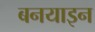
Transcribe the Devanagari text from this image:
बनयाइन